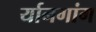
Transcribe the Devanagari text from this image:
र्यानगांग